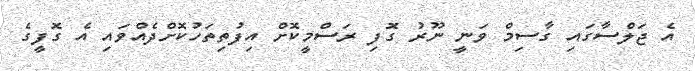
އެ ޖަލްސާގައި ގާސިމް ވަނީ ނޫރު ގޮފި ރަސްމީކޮށް އިފުތިތަހުކޮށްދެއްވައި އެ ގޮފީގެ